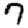
Digit: 7